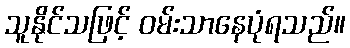
သူနိုင်သဖြင့် ဝမ်းသာနေပုံရသည်။